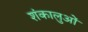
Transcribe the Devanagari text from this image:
शंकालुओं